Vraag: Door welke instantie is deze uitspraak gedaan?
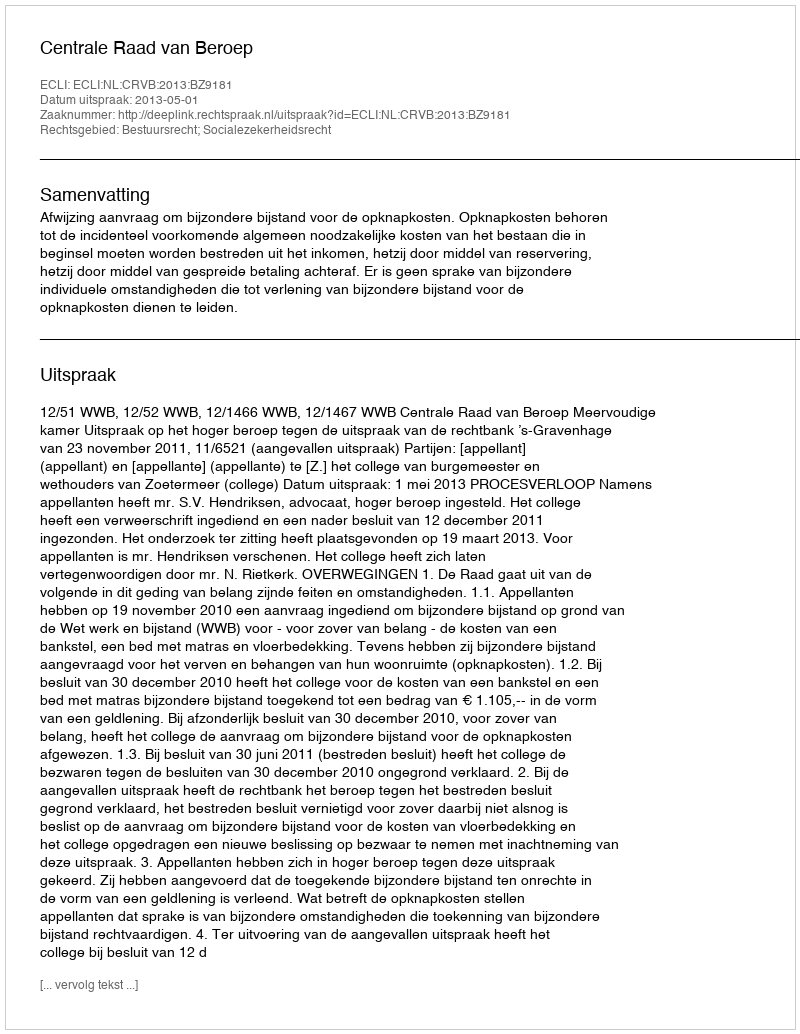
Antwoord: Centrale Raad van Beroep